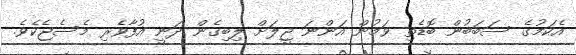
އެކަމުގެ ސަބަބުން ބޮޑެތި ވަމުން އަންނަ ޖީލަށް ލިބިގެން ދަނީ އުފާވެރި މެސެޖެކެވެ.